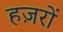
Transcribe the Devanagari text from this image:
हज़रों